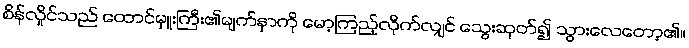
စိန်လှိုင်သည် ထောင်မှူးကြီး၏မျက်နှာကို မော့ကြည့်လိုက်လျှင် သွေးဆုတ်၍ သွားလေတော့၏။